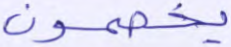
يخصمون